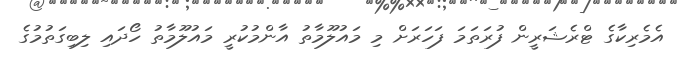
އެމެރިކާގެ ޓްރެޝަރީން ފުރަތަމަ ފަހަރަށް މި މައުލޫމާތު އާންމުކުރީ މައުލޫމާތު ހޯދައި ލިބިގަތުމުގެ